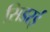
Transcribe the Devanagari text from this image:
सिडरई